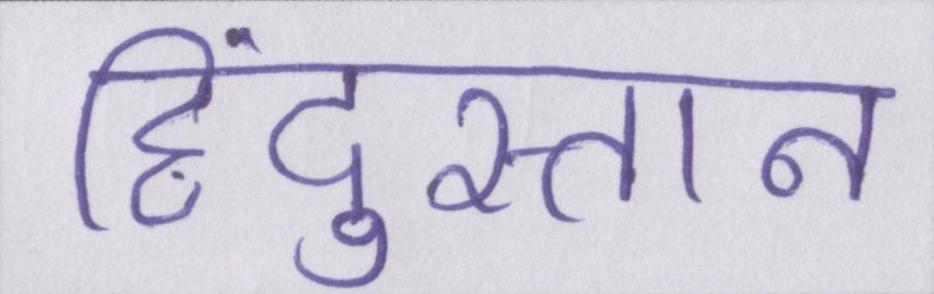
हिंदुस्तान